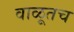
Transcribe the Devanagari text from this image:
वाळूतच